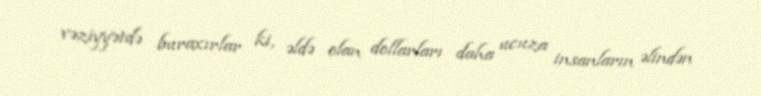
vəziyyətdə buraxırlar ki, əldə olan dollarları daha ucuza insanların əlindən